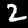
Digit: 2